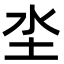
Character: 坔